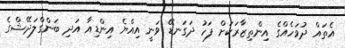
އެތައް ދުވަހެއްގެ އިންތިޒާރަކަށް ފަހު ދަގަނޑޭ ވަނީ އިއްޔެ އިންޑިއާ އަދި ބަންގްލަދޭޝްގެ